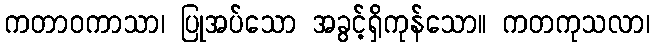
ကတာဝကာသာ၊ ပြုအပ်သော အခွင့်ရှိကုန်သော။ ကတကုသလာ၊